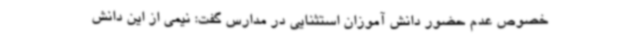
خصوص عدم حضور دانش آموزان استثنایی در مدارس گفت: نیمی از این دانش